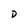
Character: D